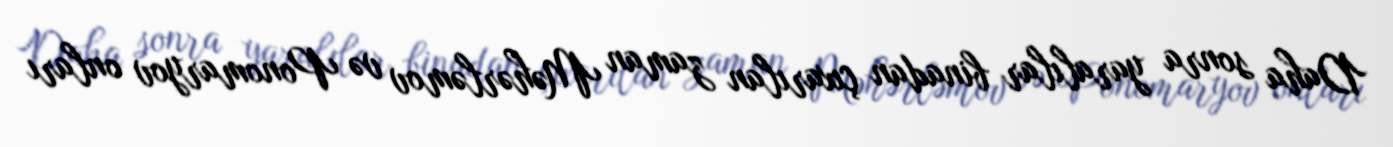
Daha sonra yaralılar binadan çıxarılan zaman Məhərləmov və Ponomaryov onları